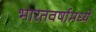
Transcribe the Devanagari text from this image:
भारतवर्षामध्ये